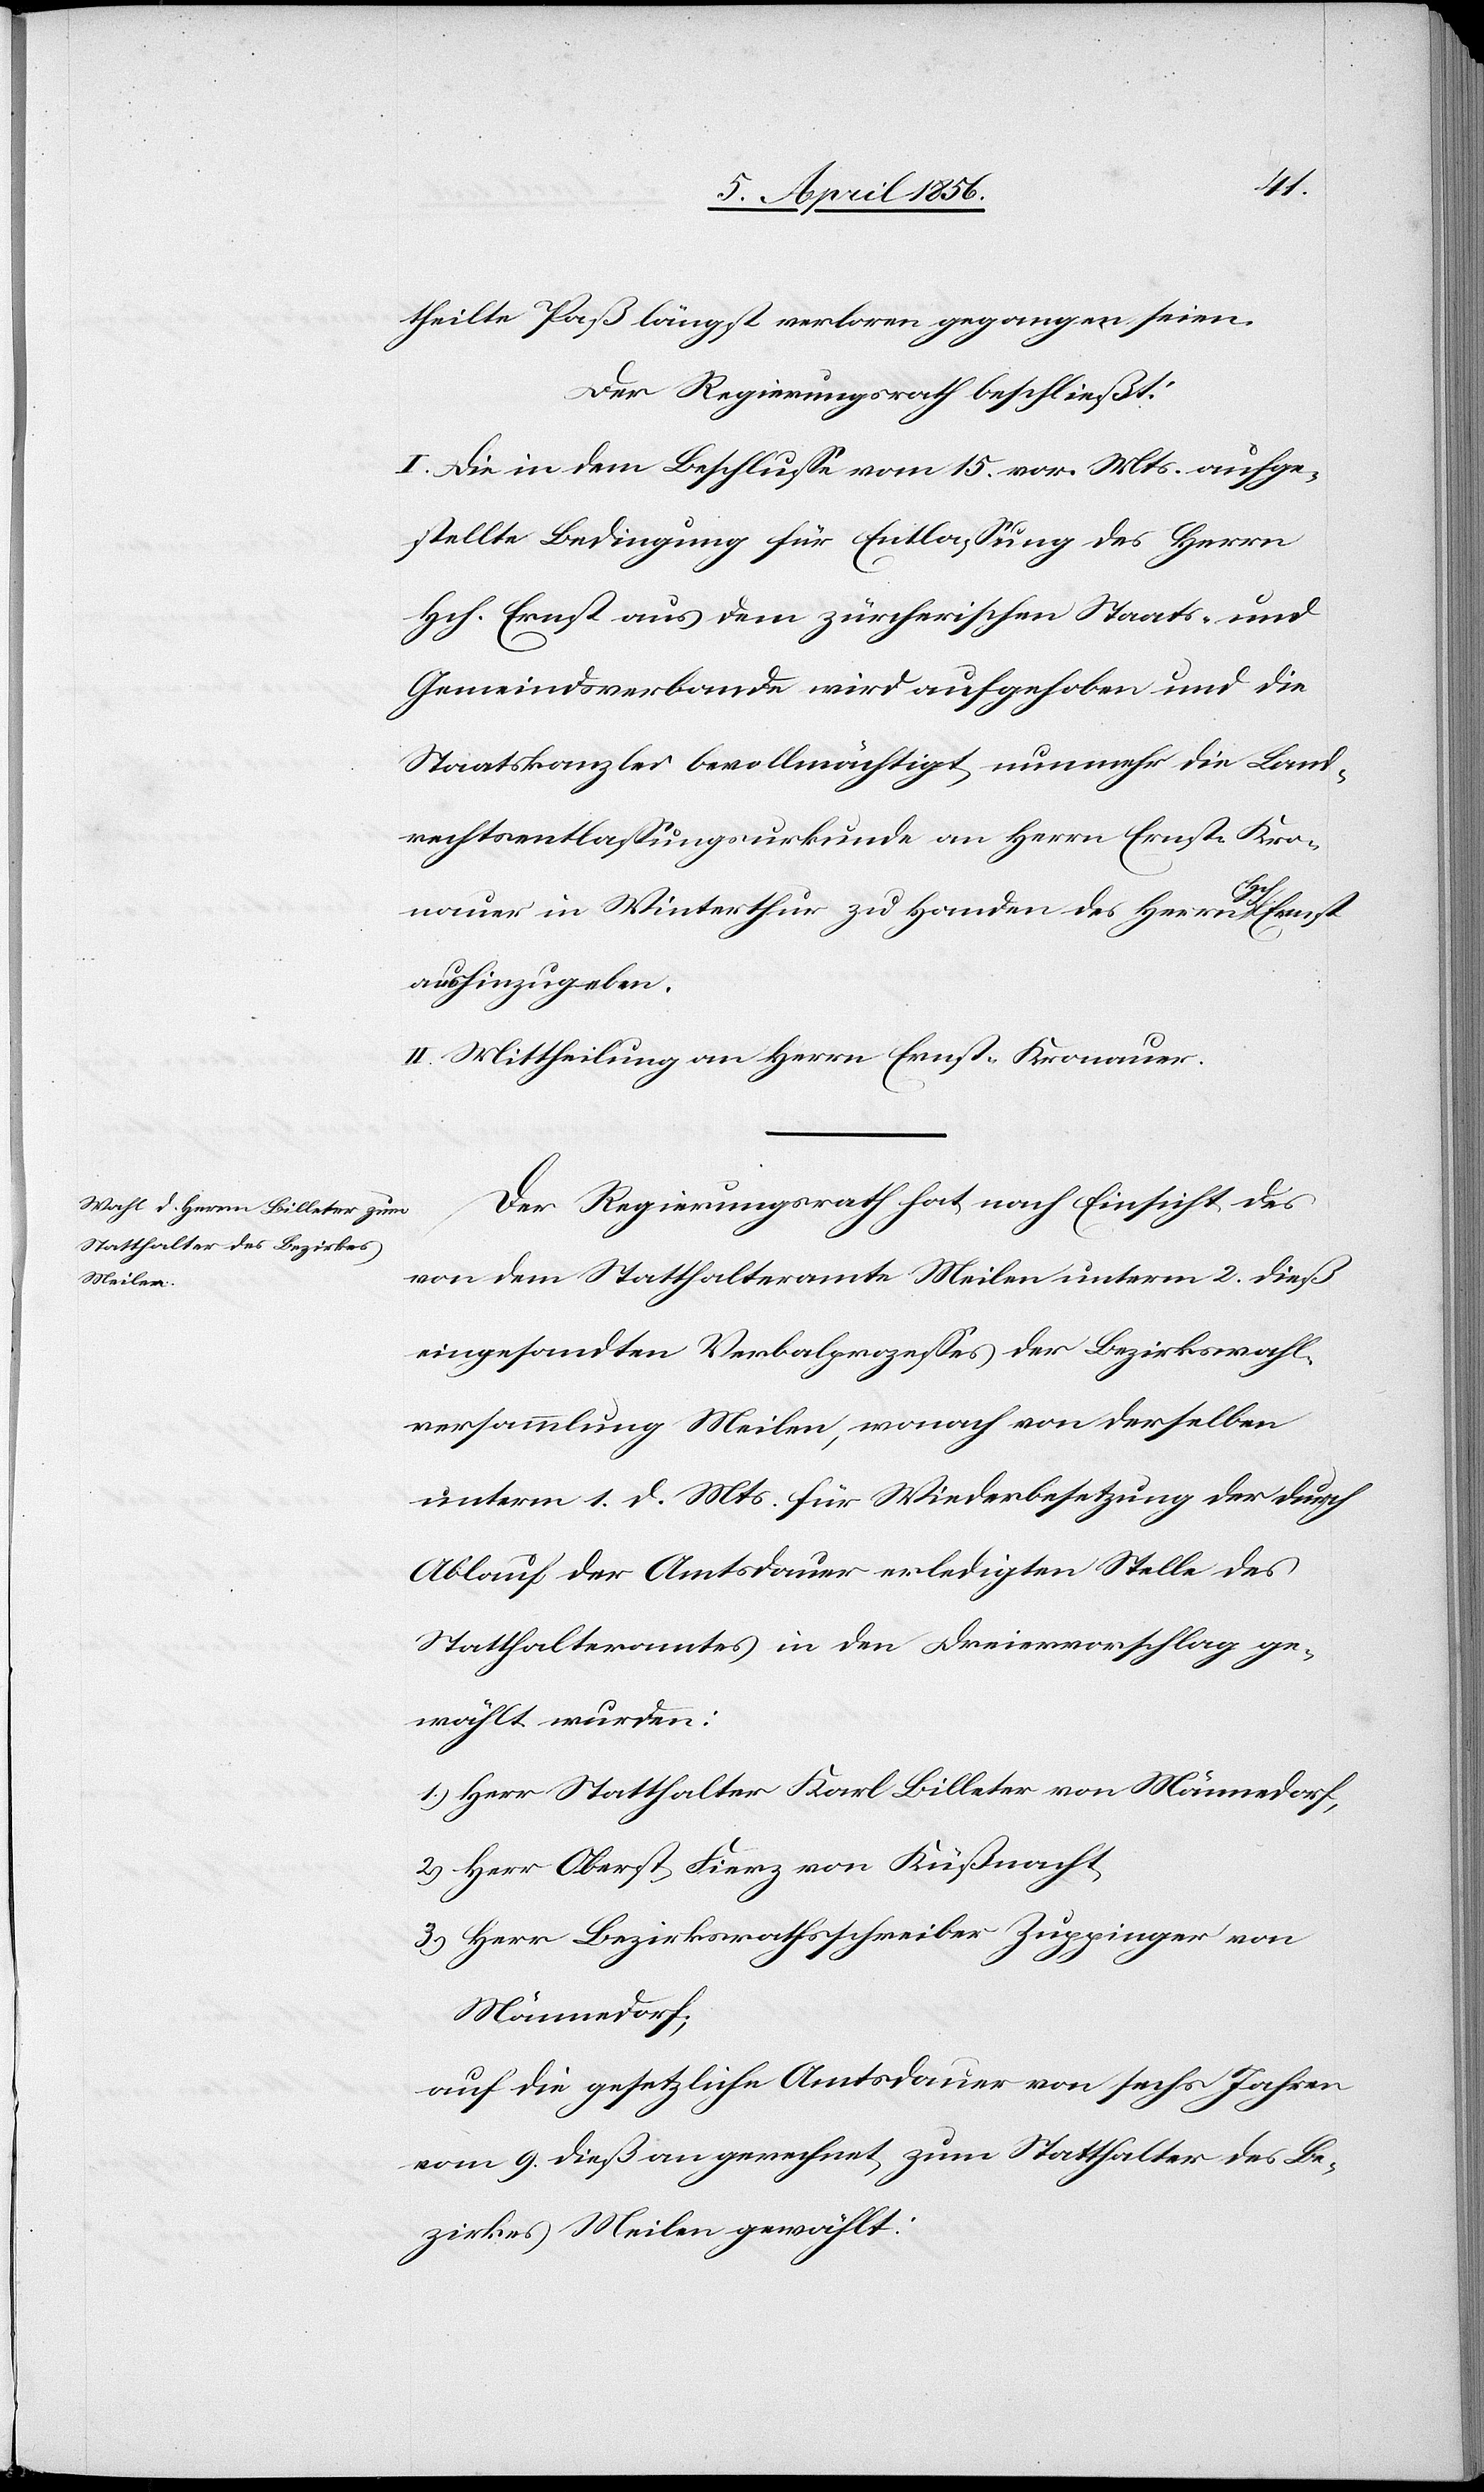
theilte Paß längst verloren gegangen seien.
Der Regierungsrath beschließt:
I. Die in dem Beschlusse vom 15. vor. Mts. aufge¬
stellte Bedingung für Entlassung des Herrn
Hch. Ernst aus dem zürcherischen Staats- und
Gemeindsverbande wird aufgehoben und die
Staatskanzlei bevollmächtigt nunmehr die Land¬
rechtsentlassungsurkunde an Herrn Ernst Kro¬
nauer in Winterthur zu Handen des Herrn Hch. Ernst
aushinzugeben.
II. Mittheilung an den Herrn Ernst-Kronauer.
Der Regierungsrath hat nach Einsicht des
von dem Statthalteramte Meilen unterm 2. dieß
eingesandten Verbalprozesses der Bezirkswahl¬
versammlung Meilen, wonach von derselben
unterm 1. d. Mts. für Wiederbesetzung der durch
Ablauf der Amtsdauer erledigten Stelle des
Statthalteramtes in den Dreiervorschlag ge¬
wählt wurden:
1.) Herr Statthalter Karl Billeter von Männedorf,
2.) Herr Oberst Fierz von Küßnacht,
3.) Herr Bezirksrathsschreiber Zuppinger von
Männedorf;
auf die gesetzliche Amtsdauer von sechs Jahren
vom 9. dieß an gerechnet zum Statthalter des Be¬
zirkes Meilen gewählt: